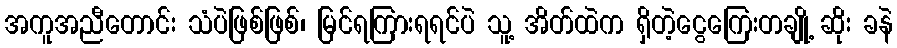
အကူအညီတောင်း သံပဲဖြစ်ဖြစ်၊ မြင်ရကြားရရင်ပဲ သူ့ အိတ်ထဲက ရှိတဲ့ငွေကြေးတချို့ ဆိုး ခနဲ